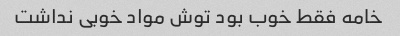
خامه فقط خوب بود توش مواد خوبی نداشت